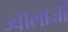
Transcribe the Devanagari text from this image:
ज्‍वालाजी